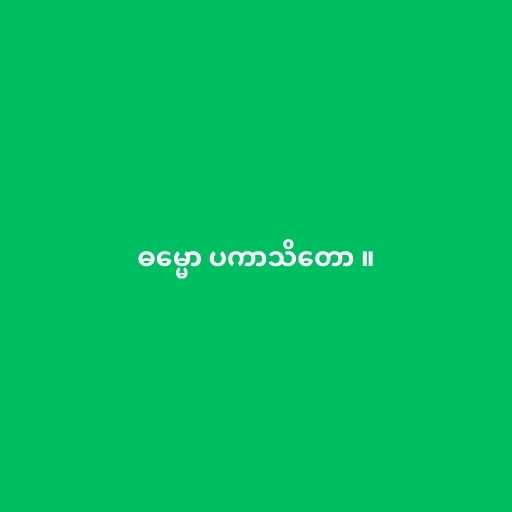
ဓမ္မော ပကာသိတော ။